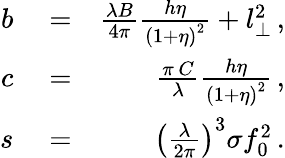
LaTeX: \begin{array}{rlr}{b}&{{}=}&{\frac{\lambda B}{4\pi}\frac{h\eta}{\left(1+\eta\right)^{2}}+l_{\perp}^{2}\, ,}\\ {c}&{{}=}&{\frac{\pi\, C}{\lambda}\frac{h\eta}{\left(1+\eta\right)^{2}}\, ,}\\ {s}&{{}=}&{\left(\frac{\lambda}{2\pi}\right)^{3}\sigma f_{0}^{2}\, .}\end{array}